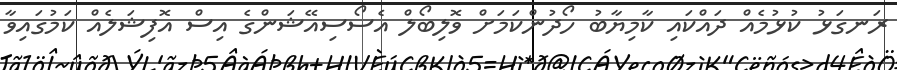
ރަނގަޅު ކުޅުމެއް ދައްކައި ކާމިޔާބު ހޯދުންކަމަށް ވޮލިބޯލް އެސޯސިއޭޝަންގެ އިސް އޮފިޝަލެއް ކަމުގައިވާ